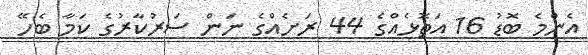
އެންމެ ބޮޑު 16 އަތޮޅެއްގެ 44 ރަށެއްގެ ނަން ސަރުކާރުގެ ކަމާ ބެހޭ